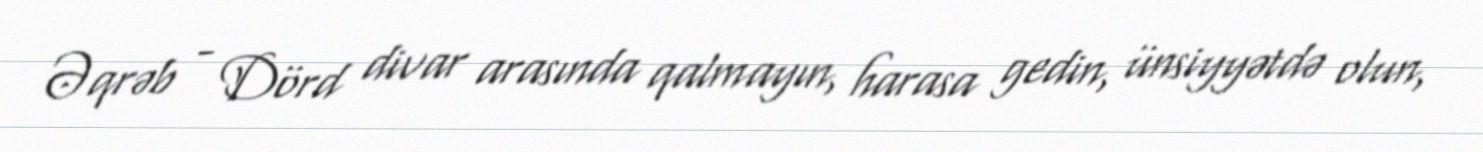
Əqrəb - Dörd divar arasında qalmayın, harasa gedin, ünsiyyətdə olun,